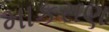
માકરાણ